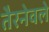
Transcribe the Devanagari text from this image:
तैरनेवले